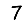
Digit: 7